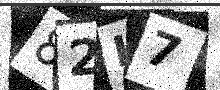
Text: 82I7